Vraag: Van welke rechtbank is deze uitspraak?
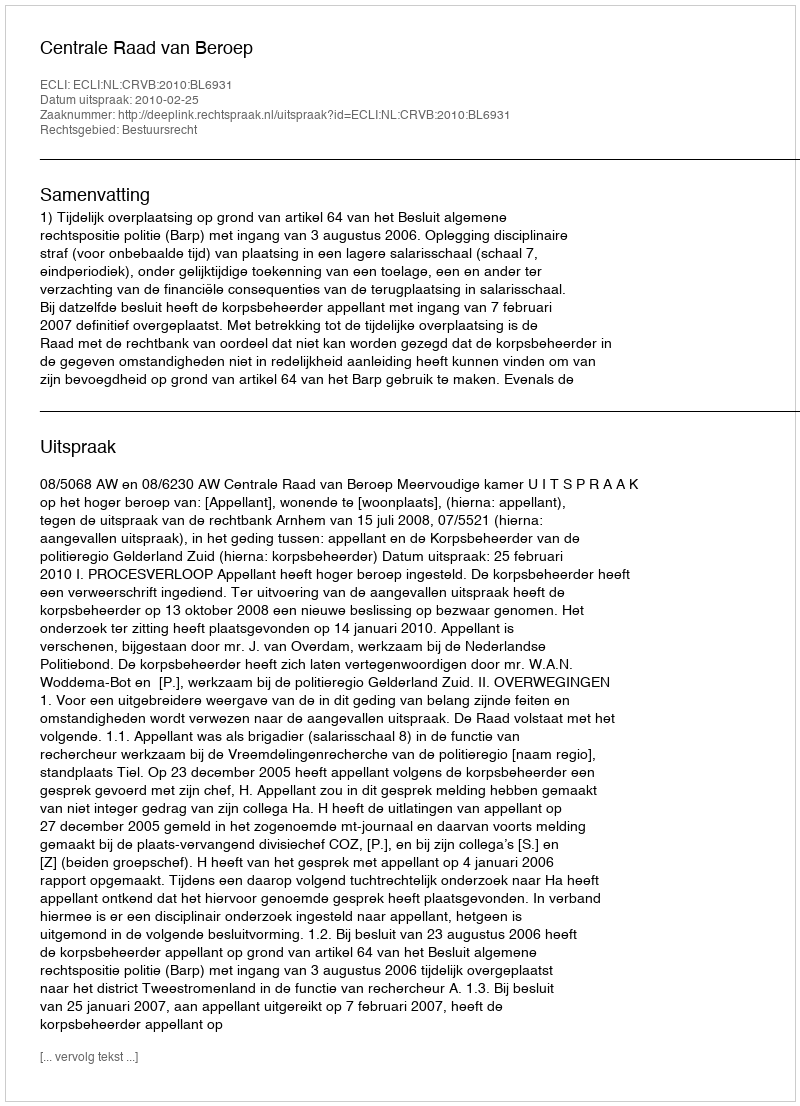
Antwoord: Centrale Raad van Beroep